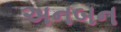
અનબન